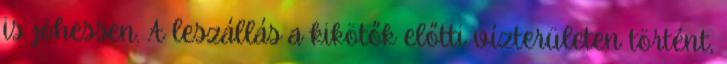
is jöhessen. A leszállás a kikötők előtti vízterületen történt,